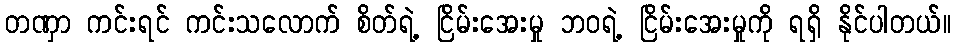
တဏှာ ကင်းရင် ကင်းသလောက် စိတ်ရဲ့ ငြိမ်းအေးမှု ဘဝရဲ့ ငြိမ်းအေးမှုကို ရရှိ နိုင်ပါတယ်။